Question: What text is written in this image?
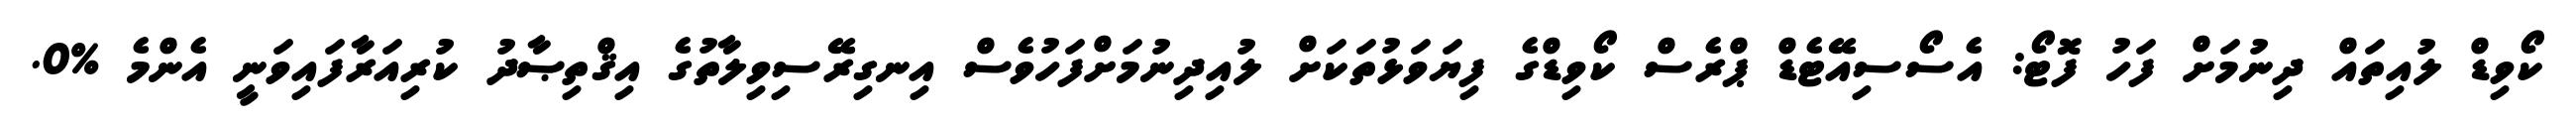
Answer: ކޯވިޑް ލުއިތައް ދިނުމަށް ފަހު ފޮޓޯ: އެސޯސިއޭޓެޑް ޕްރެސް ކޯވިޑްގެ ފިޔަވަޅުތަކަށް ލުއިދިނުމަށްފަހުވެސް އިނގިރޭސިވިލާތުގެ އިޤްތިޞާދު ކުރިއަރާފައިވަނީ އެންމެ %0.